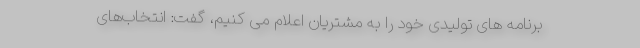
برنامه های تولیدی خود را به مشتریان اعلام می کنیم، گفت: انتخاب‌های